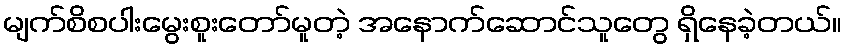
မျက်စိစပါးမွေးစူးတော်မူတဲ့ အနောက်ဆောင်သူတွေ ရှိနေခဲ့တယ်။